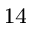
_ { 1 4 }